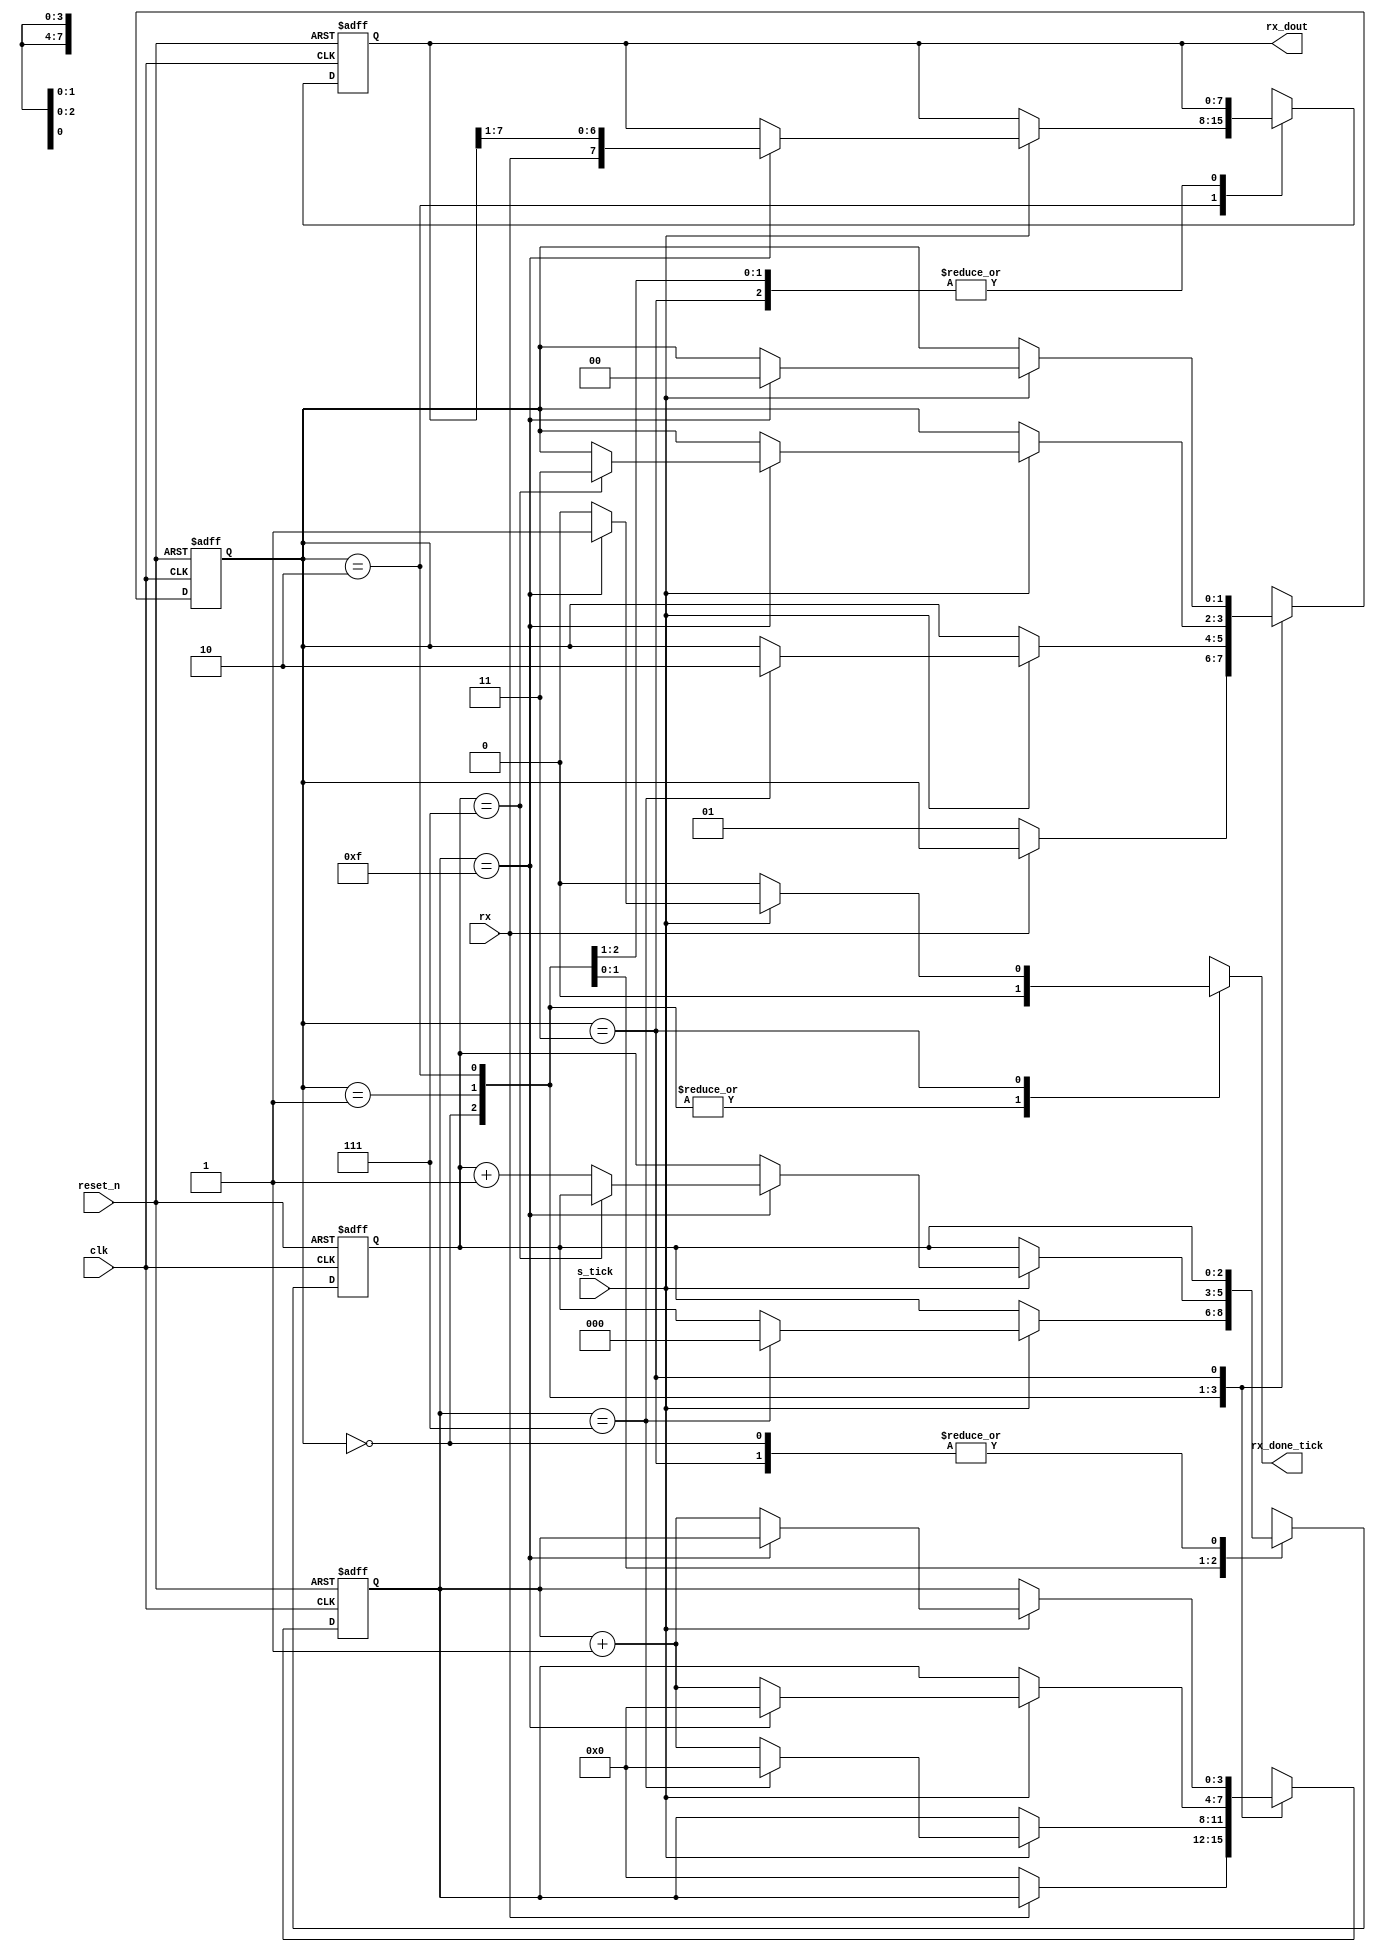
`timescale 1ns / 1ps
//////////////////////////////////////////////////////////////////////////////////
// Company: 
// Engineer: 
// 
// Design Name: 
// Module Name: uart_rx
// Project Name: 
// Target Devices: 
// Tool Versions: 
// Description: 
// 
// Dependencies: 
// 
// Revision:
// Revision 0.01 - File Created
// Additional Comments:
// 
//////////////////////////////////////////////////////////////////////////////////


module uart_rx
    #(parameter DBIT = 8,    // # data bits
                SB_TICK = 16 // # stop bit ticks
    )
    (
        input clk, reset_n,
        input rx, s_tick,
        output reg rx_done_tick,
        output [DBIT - 1:0] rx_dout
    );
    
    localparam  idle = 0, start = 1,
                data = 2, stop = 3;
                
    reg [1:0] state_reg, state_next;
    reg [3:0] s_reg, s_next;                // keep track of the baud rate ticks (16 total)
    reg [$clog2(DBIT) - 1:0] n_reg, n_next; // keep track of the number of data bits recieved
    reg [DBIT - 1:0] b_reg, b_next;         // stores the recieved data bits
    
    // State and other registers
    always @(posedge clk, negedge reset_n)
    begin
        if (~reset_n)
        begin
            state_reg <= idle;
            s_reg <= 0;
            n_reg <= 0;
            b_reg <= 0;
        end
        else
        begin
            state_reg <= state_next;
            s_reg <= s_next;
            n_reg <= n_next;
            b_reg <= b_next;
        end
    end
    
    // Next state logic
    always @(*)
    begin
        state_next = state_reg;
        s_next = s_reg;
        n_next = n_reg;
        b_next = b_reg;
        rx_done_tick = 1'b0;
        case (state_reg)
            idle:                
                if (~rx)
                begin
                    s_next = 0;
                    state_next = start;                        
                end                 
            start:                
                if (s_tick)
                    if (s_reg == 7)
                    begin
                        s_next = 0;
                        n_next = 0;
                        state_next = data;
                    end
                    else                        
                        s_next = s_reg + 1;                                                                   
            data:
                if (s_tick)
                    if(s_reg == 15)
                    begin
                        s_next = 0;
                        b_next = {rx, b_reg[DBIT - 1:1]}; // Right shift
                        if (n_reg == (DBIT - 1))
                            state_next = stop;
                        else
                            n_next = n_reg + 1;
                    end
                    else
                        s_next = s_reg + 1;
            stop:
                if (s_tick)
                    if(s_reg == (SB_TICK - 1))
                    begin
                        rx_done_tick = 1'b1;
                        state_next = idle;
                    end
                    else
                        s_next = s_reg + 1;
            default:
                state_next = idle;
        endcase
    end
    
    // output logic
    assign rx_dout = b_reg;
endmodule